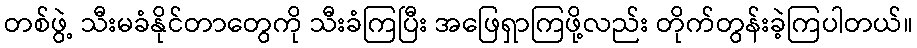
တစ်ဖွဲ့ သီးမခံနိုင်တာတွေကို သီးခံကြပြီး အဖြေရှာကြဖို့လည်း တိုက်တွန်းခဲ့ကြပါတယ်။